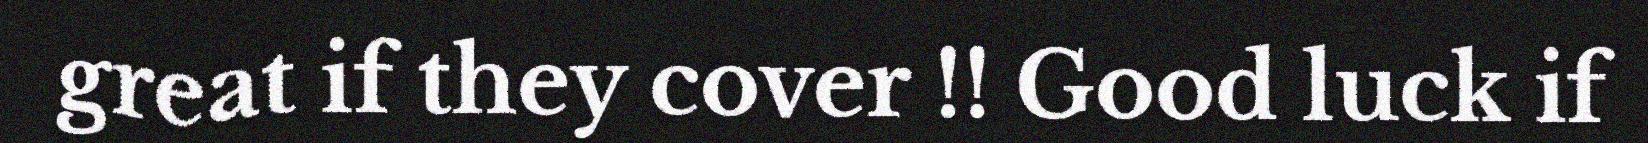
great if they cover !! Good luck if